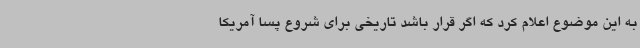
به این موضوع اعلام کرد که اگر قرار باشد تاریخی برای شروع پسا آمریکا